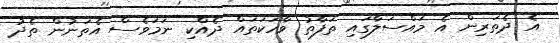
އެ ދެތަރިން އެ މައްސަލާގައި ތަފާތު ވާހަކަތައް ދެއްކި ނަމަވެސް އެތަނުން ތެދު